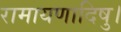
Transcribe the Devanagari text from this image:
रामायणादिषु।